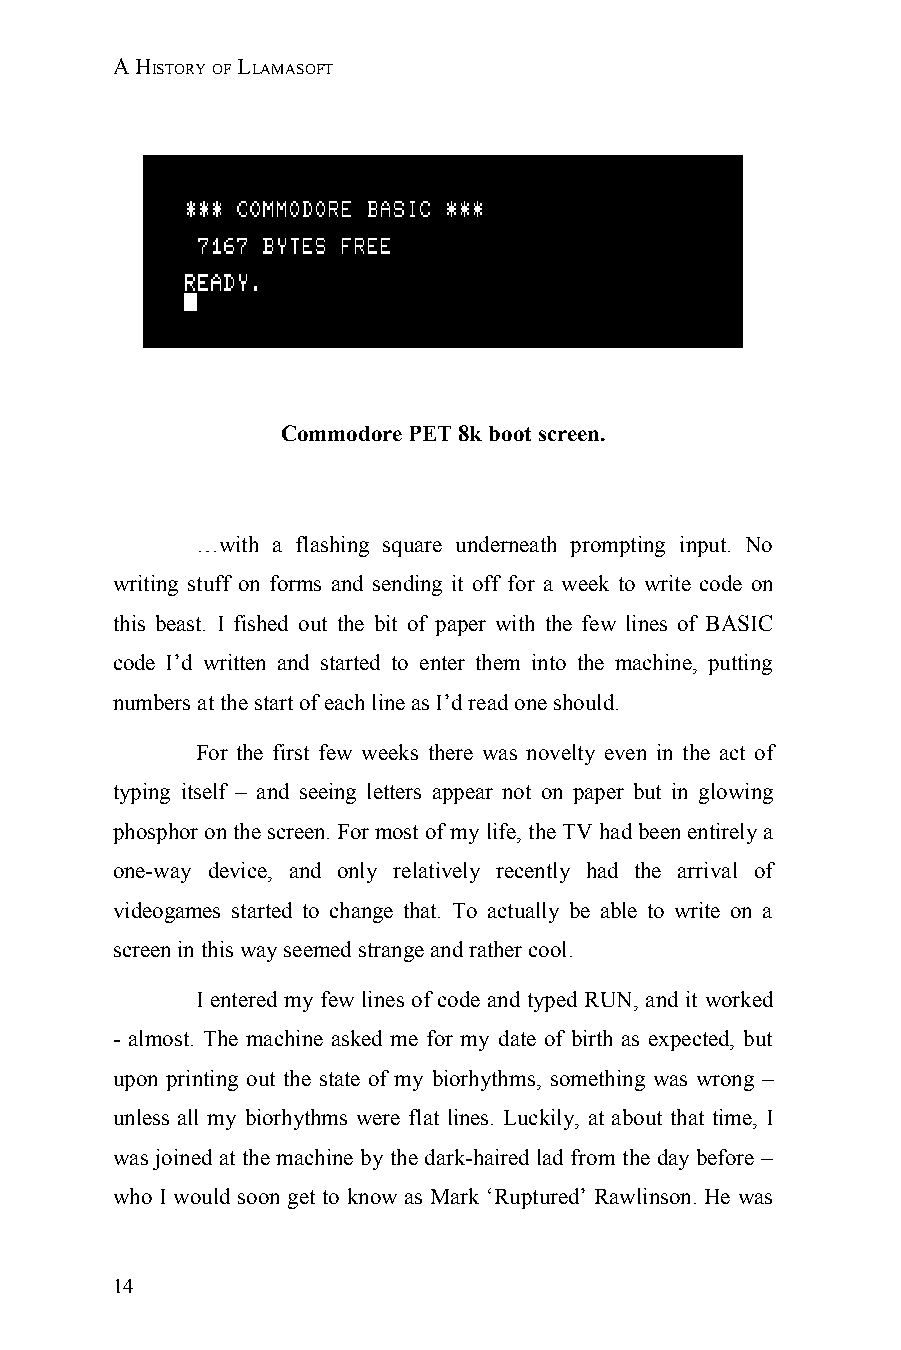
A HISTORY OF LLAMASOFT
 Commodore PET 8k boot screen.
 …with a flashing square underneath prompting input. No
 writing stuff on forms and sending it off for a week to write code on
 this beast. I fished out the bit of paper with the few lines of BASIC
 code I’d written and started to enter them into the machine, putting
 numbers at the start of each line as I’d read one should.
 For the first few weeks there was novelty even in the act of
 typing itself – and seeing letters appear not on paper but in glowing
 phosphor on the screen. For most of my life, the TV had been entirely a
 one-way device, and only relatively recently had the arrival of
 videogames started to change that. To actually be able to write on a
 screen in this way seemed strange and rather cool.
 I entered my few lines of code and typed RUN, and it worked
 - almost. The machine asked me for my date of birth as expected, but
 upon printing out the state of my biorhythms, something was wrong –
 unless all my biorhythms were flat lines. Luckily, at about that time, I
 was joined at the machine by the dark-haired lad from the day before –
 who I would soon get to know as Mark ‘Ruptured’ Rawlinson. He was
 14